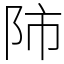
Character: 𨸲